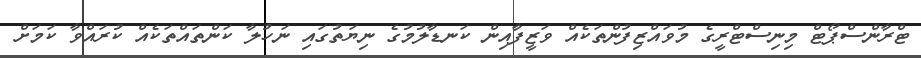
ޓްރާންސްޕޯޓް މިނިސްޓްރީގެ މުވައްޒިފުންތަކެއް ވަޒީފާއިން ކަނޑާލުމުގެ ނިޔަތުގައި ނަހުލާ ކަންތައްތަކެއް ކުރައްވާ ކަމަށް